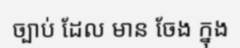
ច្បាប់ ដែល មាន ចែង ក្នុង